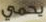
يحمي